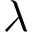
\lambda